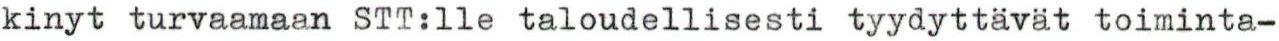
kinyt turvaamaan STT:lle taloudellisesti tyydyttävät toiminta-